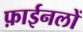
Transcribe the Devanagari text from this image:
फ़ाईनलों